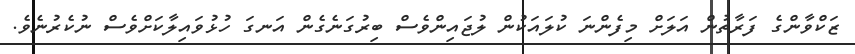
ޒަކްވާންގެ ފަރާތުން އަލަށް މިފެންނަ ކުލައަކުން ލުޖައިންވެސް ބިރުގަނެގެން އަނގަ ހުޅުވައިލާކަށްވެސް ނުކެރުނެވެ.